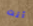
أنت